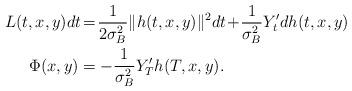
LaTeX: \begin{align*}L(t,x,y)dt \!&=\! \frac{1}{2\sigma_B^2}\|h(t,x,y)\|^2 dt\!+\!\frac{1}{\sigma_B^2}Y_t^{\prime}dh(t,x,y) \\ \Phi(x,y) &= -\frac{1}{\sigma_B^2}Y_T^{\prime}h(T,x,y). \end{align*}